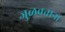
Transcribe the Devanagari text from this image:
जुळवताना